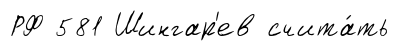
РФ 581 Шингар'ев счита́ть